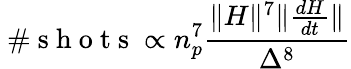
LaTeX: \mathrm{~\# ~s~h~o~t~s~}\propto n_{p}^{7}\frac{\lVert H\rVert^{7}\lVert\frac{dH}{dt}\rVert}{\Delta^{8}}